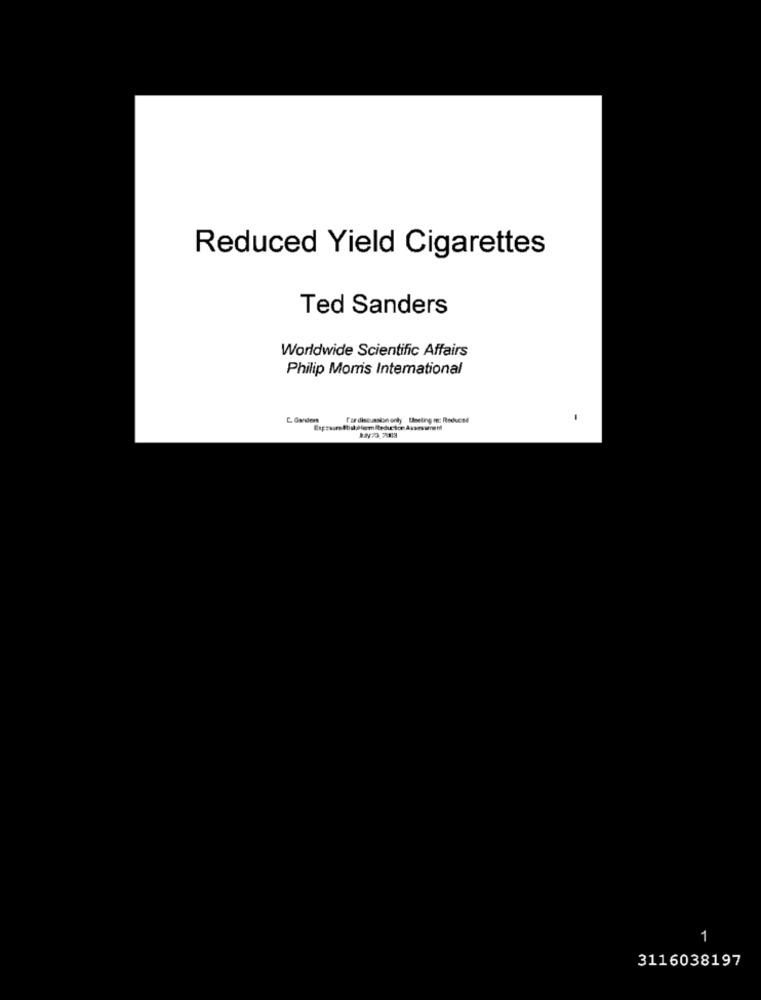
Reduced Yield Cigarettes
Ted Sanders
Worldwide Scientific Affairs
Philip Morris International
fordiscussion only Useting m: Reduced
1
3116038197